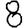
Digit: 8